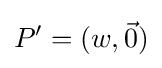
P'=(w,{\vec {0}})